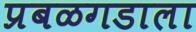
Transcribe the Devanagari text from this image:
प्रबळगडाला